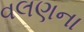
વલણના